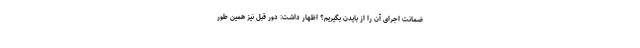
ضمانت اجرای آن را از بایدن بگیریم؟ اظهار داشت: دور قبل نیز همین طور